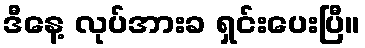
ဒီနေ့ လုပ်အားခ ရှင်းပေးပြီ။